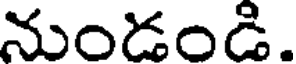
నుండండి.